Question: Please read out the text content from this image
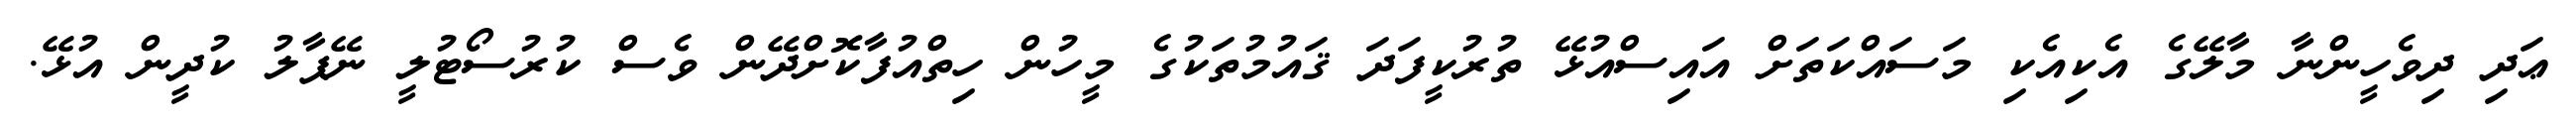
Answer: ޢަދި ދިވެހީންނާ މާލޭގެ އެކިއެކި މަސައްކަތަށް އައިސްއުޅޭ ތުރުކީފަދަ ޤައުމުތަކުގެ މީހުން ހިތްއުފާކޮށްދޭން ވެސް ކުރުސޯޓުލީ ނޭޕާލު ކުދީން އުޅޭ.